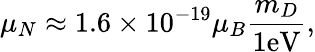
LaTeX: \mu_{N}\approx 1.6\times 10^{-19}\mu_{B}\frac{m_{D}}{1\mathrm{eV}},